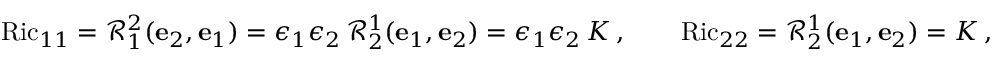
\operatorname { R i c } _ { 1 1 } = \mathcal { R } ^ { 2 } _ { 1 } ( \mathbf { e } _ { 2 } , \mathbf { e } _ { 1 } ) = \epsilon _ { 1 } \epsilon _ { 2 } \, \mathcal { R } ^ { 1 } _ { 2 } ( \mathbf { e } _ { 1 } , \mathbf { e } _ { 2 } ) = \epsilon _ { 1 } \epsilon _ { 2 } \, K \, , \qquad \operatorname { R i c } _ { 2 2 } = \mathcal { R } ^ { 1 } _ { 2 } ( \mathbf { e } _ { 1 } , \mathbf { e } _ { 2 } ) = K \, ,